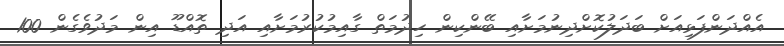
އެއްދަންފަޅިއަށް ބަދަލުކޮށްދިނުމަށާއި ބޭންކިން ހިދުމަތް ގާއިމުކުރުމަށާއި އަދި ތޮއްޑޫ އިން މަދުވެގެން 100